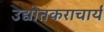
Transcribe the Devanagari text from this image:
उद्योतकराचार्य